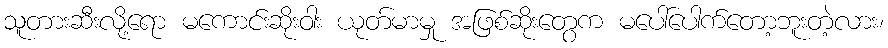
သူတားဆီးလို့ရော မကောင်းဆိုးဝါး ယုတ်မာမှု အဖြစ်ဆိုးတွေက မပေါ်ပေါက်တော့ဘူးတဲ့လား၊